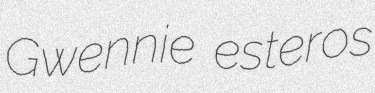
Gwennie esteros